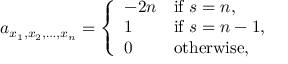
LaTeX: a _ { x _ { 1 } , x _ { 2 } , \dots , x _ { n } } = \left\{ { \begin{array} { l l } { - 2 n } & { { \mathrm { i f ~ } } s = n , } \\ { 1 } & { { \mathrm { i f ~ } } s = n - 1 , } \\ { 0 } & { { \mathrm { o t h e r w i s e , } } } \end{array} } \right.